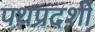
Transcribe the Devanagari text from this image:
पथप्रदर्शी